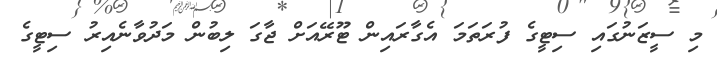
މި ސީޒަނުގައި ސިޓީގެ ފުރަތަމަ އެގާރައިން ޓޫރޭއަށް ޖާގަ ލިބުން މަދުވާނެއިރު ސިޓީގެ